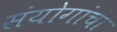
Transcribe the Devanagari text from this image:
संयोगांचा